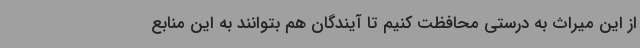
از این میراث به درستی محافظت کنیم تا آیندگان هم بتوانند به این منابع